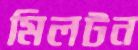
মিলটন